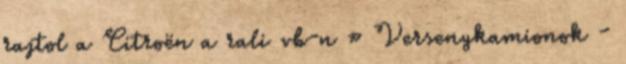
rajtol a Citroën a rali vb-n » Versenykamionok -